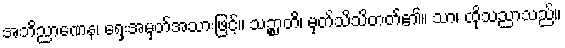
အဘိညာဏေန၊ ရှေးအမှတ်အသားဖြင့်။ သဉ္စာတိ၊ မှတ်သိသိတတ်၏။ သာ၊ ထိုသညာသည်။